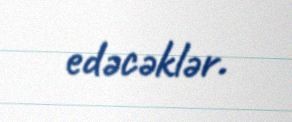
edəcəklər.